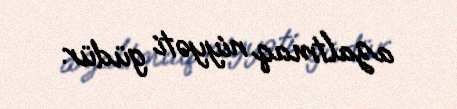
azaltmaq niyyəti güdür.